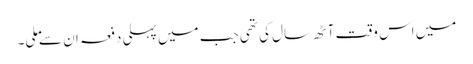
میں اس وقت آٹھ سال کی تھی جب میں پہلی دفعہ ان سے ملی۔